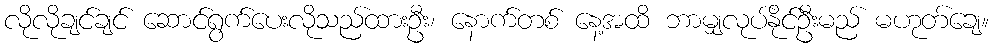
လိုလိုချင်ချင် ဆောင်ရွက်ပေးလိုသည်ထားဦး၊ နောက်တစ် နေ့အထိ ဘာမျှလုပ်နိုင်ဦးမည် မဟုတ်ချေ။